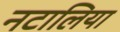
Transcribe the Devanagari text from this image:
नटालिया